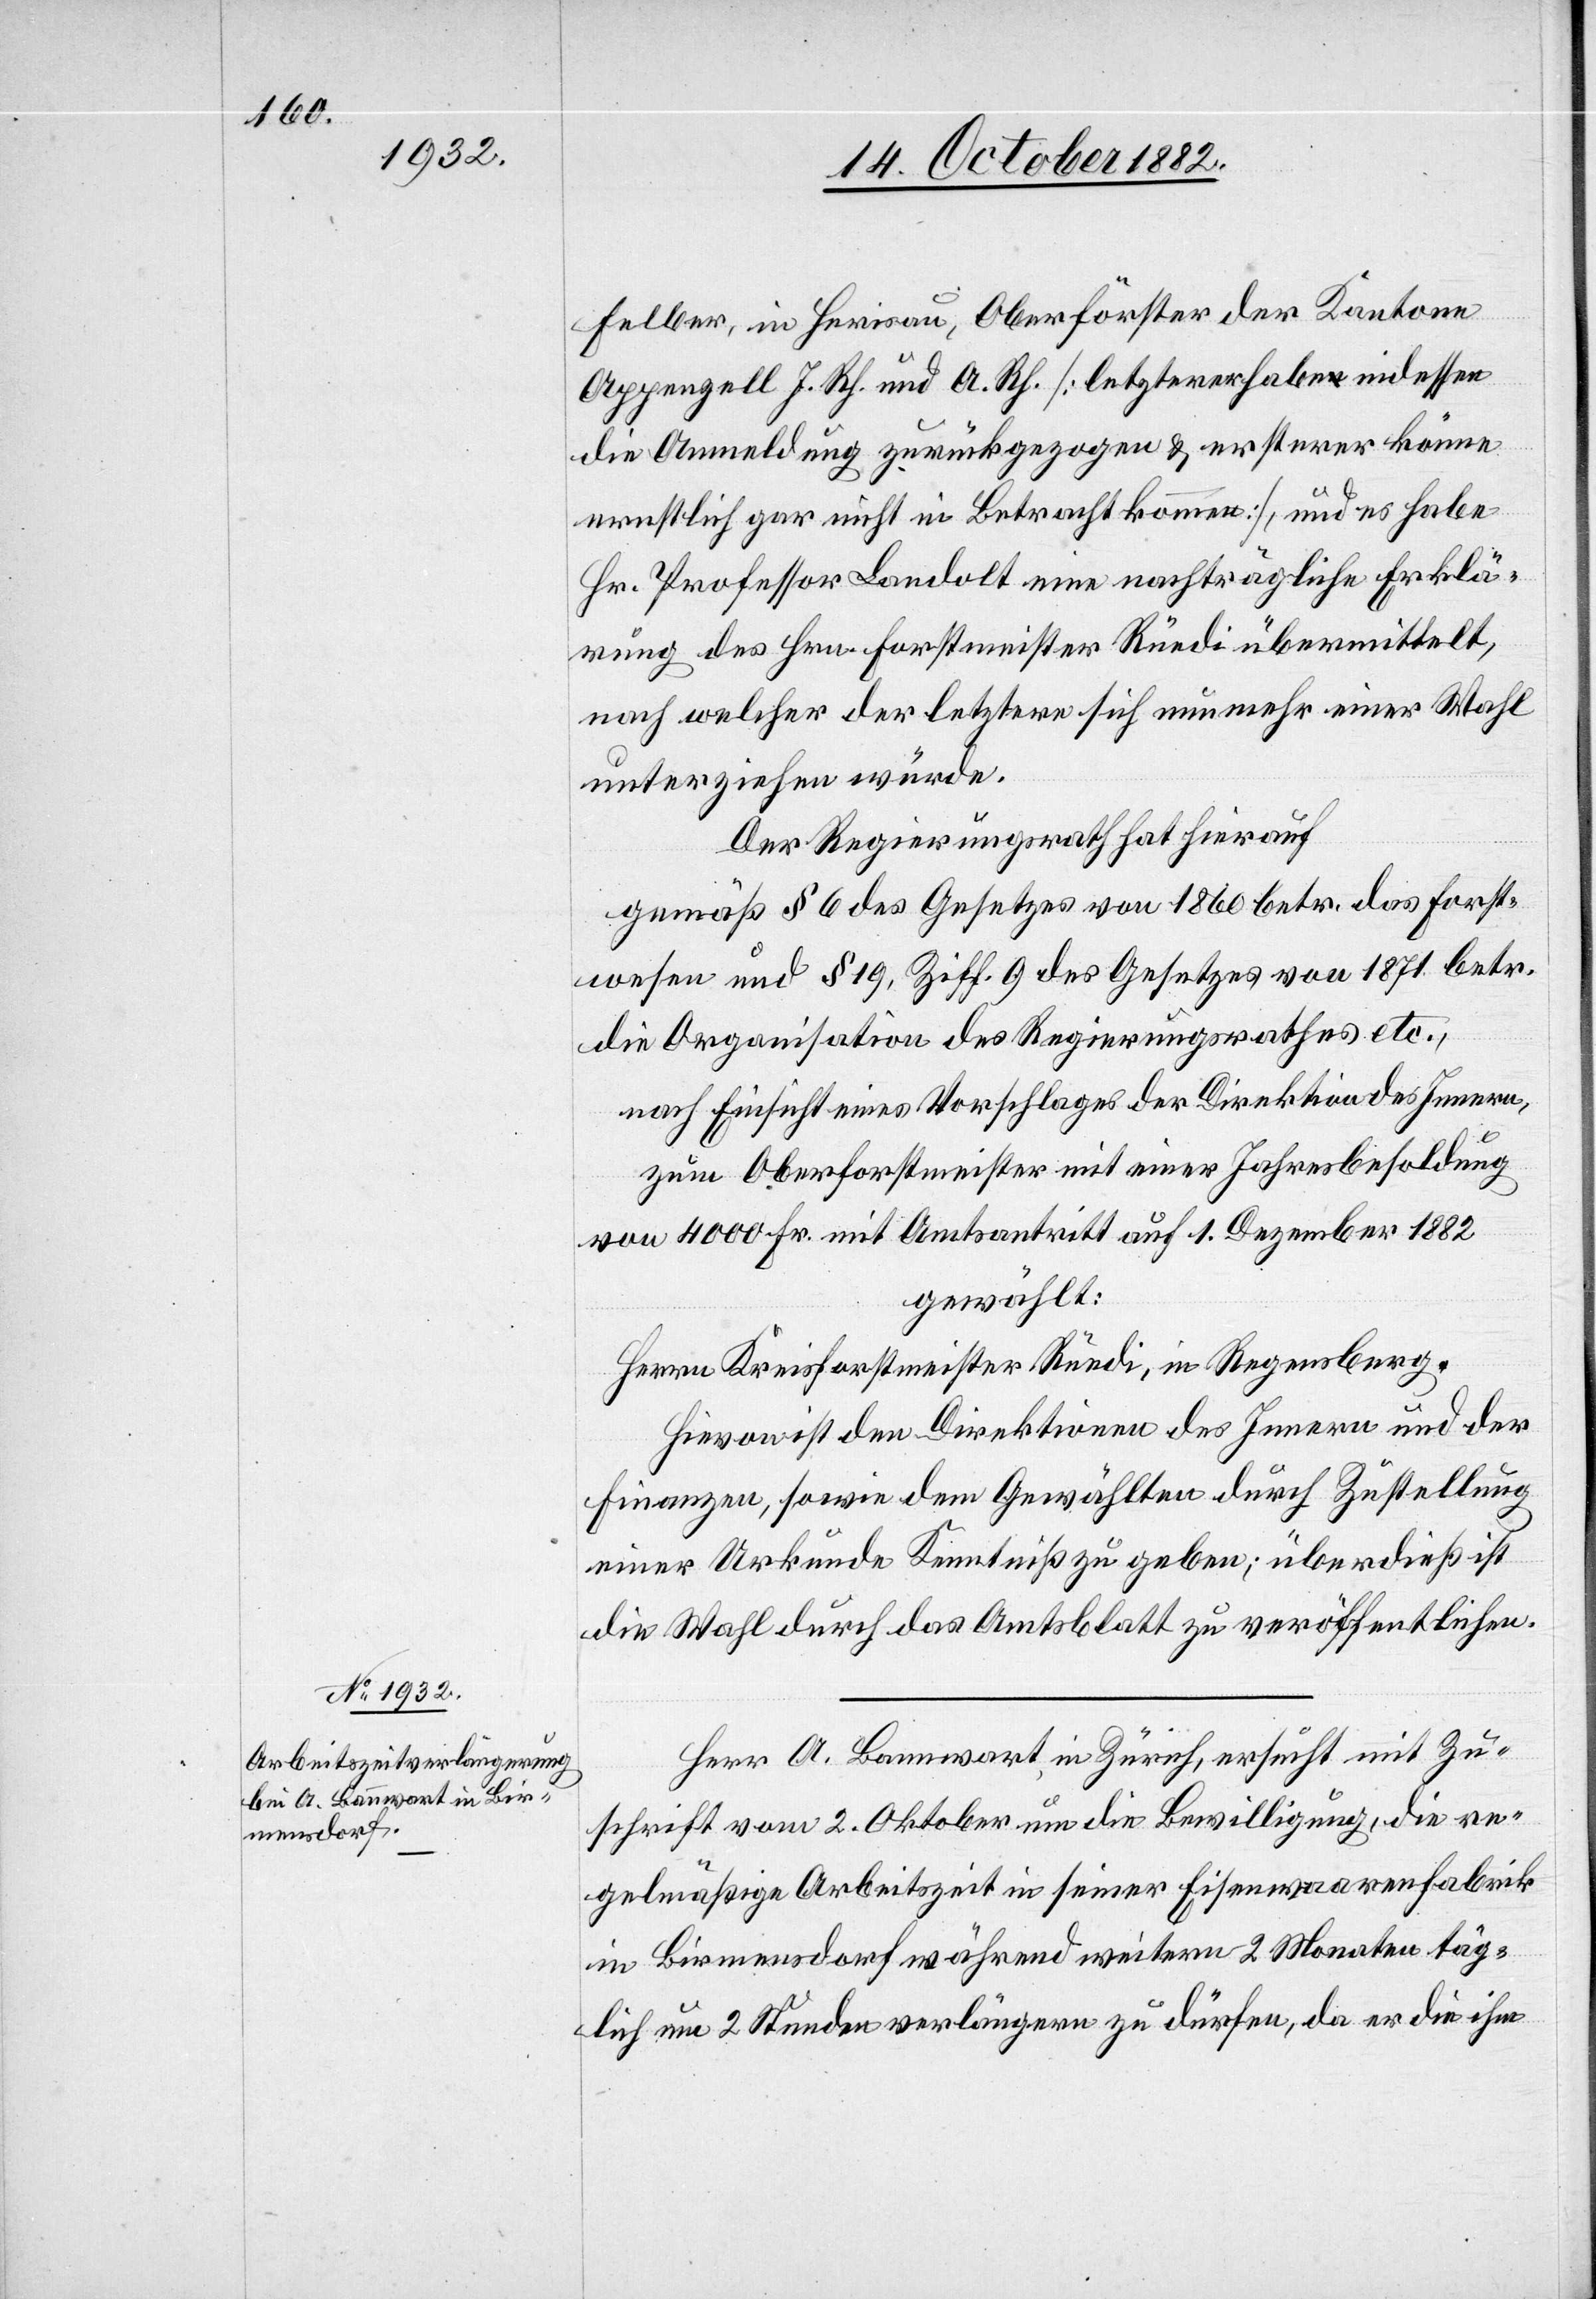
Felber, in Herisau, Oberförster der Kantone
Appenzell I. Rh. und A. Rh. [letzterer habe indessen
die Anmeldung zurückgezogen & ersterer könne
ernstlich gar nicht in Betracht kommen], und es habe
Hr. Professor Landolt eine nachträgliche Erklä¬
rung des Hrn. Forstmeister Rüedi übermittelt,
nach welcher der letztere sich nunmehr einer Wahl
unterziehen würde.
Der Regierungsrath hat hierauf
gemäß § 6 des Gesetzes von 1871 betr. die Organisation
nach Einsicht eines Vorschlages der Direktion des Innern,
zum Oberforstmeister mit einer Jahresbesoldung
von 4000 Fr. mit Amtsantritt auf 1. Dezember 1882
gewählt:
Herrn Kreisforstmeister Rüedi, in Regensberg.
Hievon ist den Direktionen des Innern und der
Finanzen, sowie dem Gewählten durch Zustellung
einer Urkunde Kenntniß zu geben; überdieß ist
die Wahl durch das Amtsblatt zu veröffentlichen.
Herr A. Bannwart in Zürich, ersucht mit Zu¬
schrift vom 2. Oktober um die Bewilligung, die re¬
gelmäßige Arbeitszeit in seiner Eisenwarenfabrik
in Birmensdorf während weitern 2 Monaten täg¬
lich um 2 Stunden verlängern zu dürfen, da er die ihm